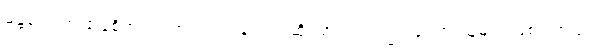
မန္တလေးအ ခြေစိုက် သဘာဝပတ်ဝန်းကျင်ဆိုင်ရာ တက်ကြွ လှုပ်ရှားသူများ ဖြစ်ပါတယ်။